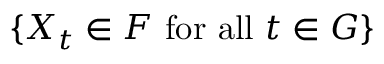
\{ X _ { t } \in F { \mathrm { ~ f o r ~ a l l ~ } } t \in G \}